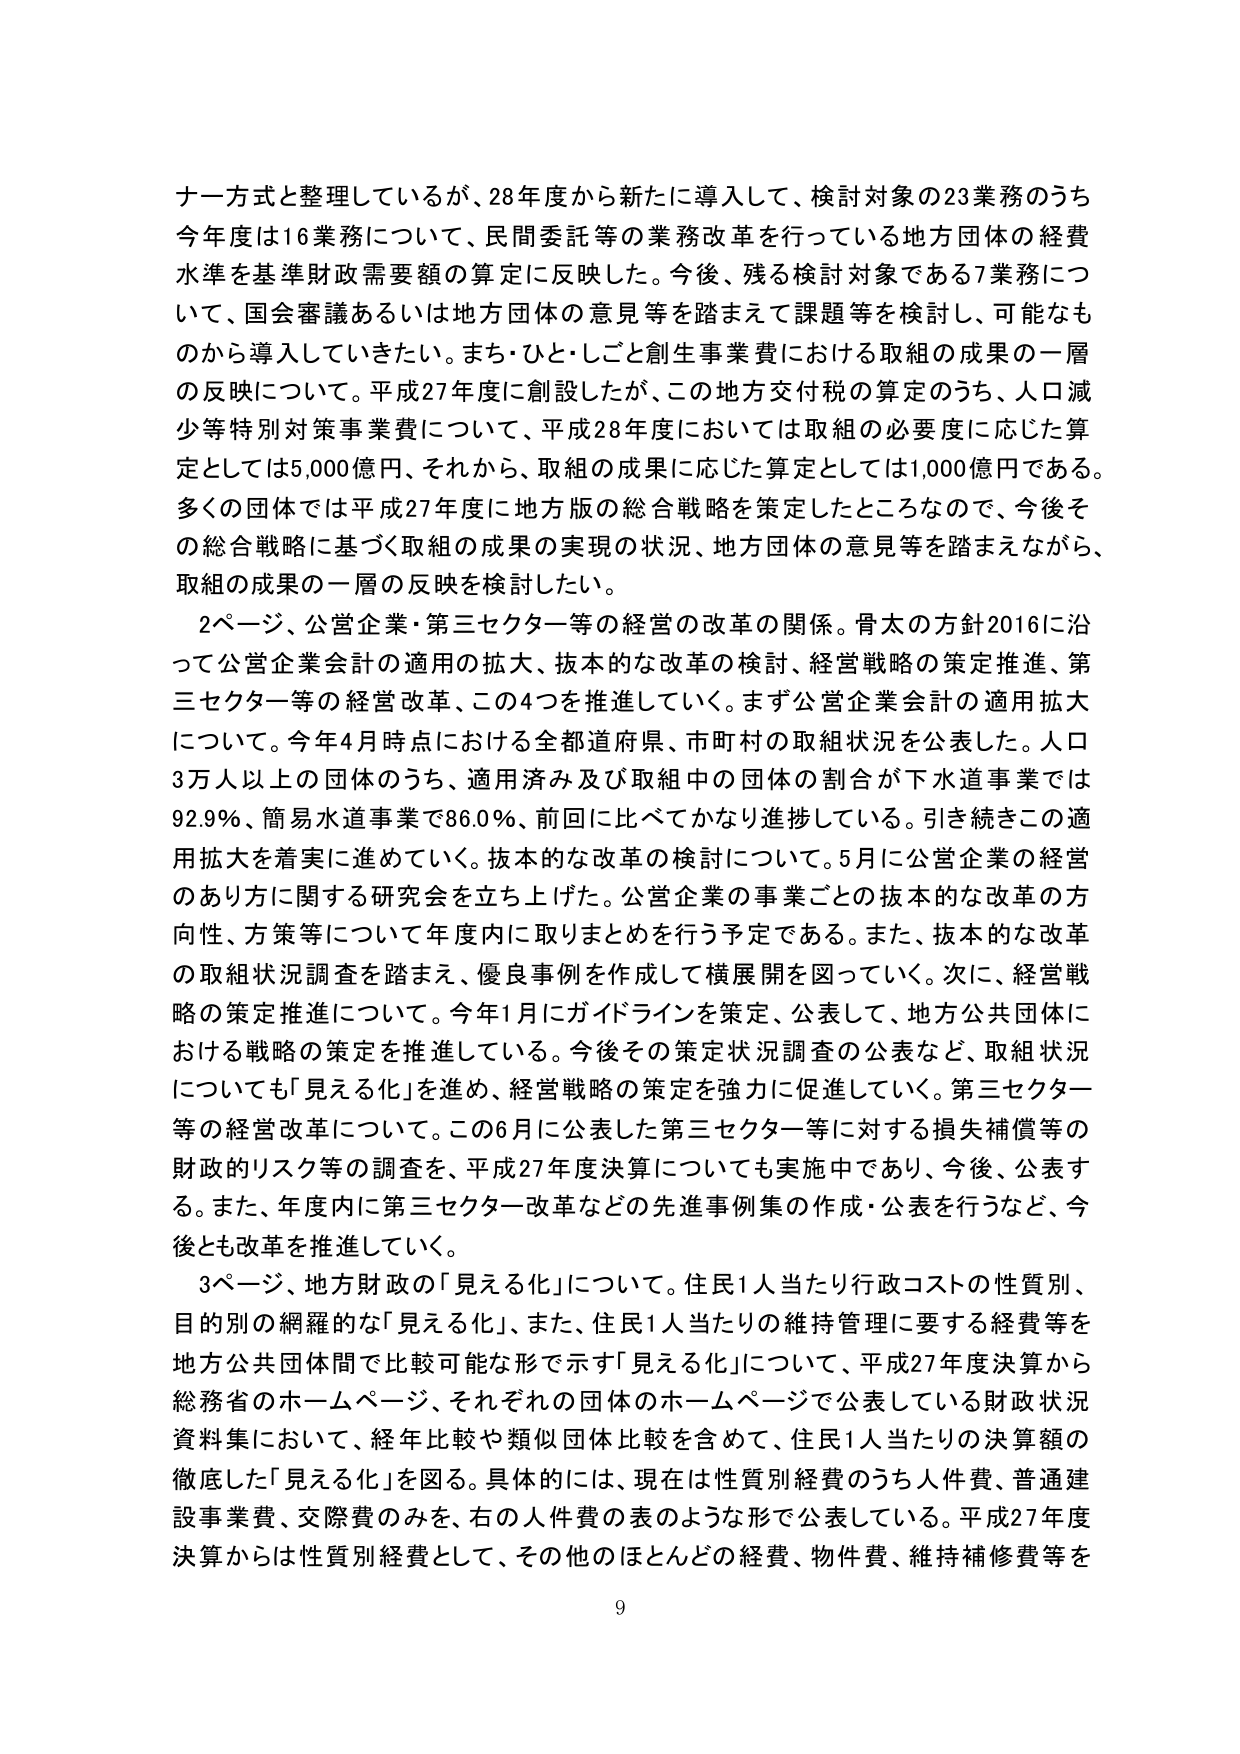
ナーウ式と整理しているが、28年度から新たに導入して、検討対象の23業務のうち今年度は16業務について、民間委託等の業務改革を行っている地方団体の経費水準を基準財政需要額の算定に反映した。今後、残る検討対象である7業務について、国会審議あるいは地方団体の意見等を踏まえて課題等を検討し、可能なものから導入していきたい。まち・ひと・しごと創生事業費における取組の成果の一層の反映について。平成27年度に創設したが、この地方交付税の算定のうち、人口減少等特別対策事業費について、平成28年度においては取組の必要度に応じた算定としては5,000億円、それから、取組の成果に応じた算定としては1,000億円である。多くの団体では平成27年度に地方版の総合戦略を策定したところなので、今後その総合戦略に基づく取組の成果の実現の状況、地方団体の意見等を踏まえながら、取組の成果の一層の反映を検討したい。

2ページ、公営企業・第三セクター等の経営の改革の関係。骨太の方針2016に沿って公営企業会計の適用の拡大、抜本的な改革の検討、経営戦略の策定推進、第三セクター等の経営改革、この4つを推進していく。まず公営企業会計の適用拡大について。今年4月時点における全都道府県、市町村の取組状況を公表した。人口3万人以上の団体のうち、適用済み及び取組中の団体の割合が下水道事業では92.9％、簡易水道事業で86.0％、前回に比べてかなり進捗している。引き続きこの適用拡大を着実に進めていく。抜本的な改革の検討について。5月に公営企業の経営のあり方に関する研究会を立ち上げた。公営企業の事業ごとの抜本的な改革の方向性、方策等について年度内に取りまとめを行う予定である。また、抜本的な改革の取組状況調査を踏まえ、優良事例を作成して横展開を図っていく。次に、経営戦略の策定推進について。今年1月にガイドラインを策定、公表して、地方公共団体における戦略の策定を推進している。今後その策定状況調査の公表など、取組状況についても「見える化」を進め、経営戦略の策定を強力に促進していく。第三セクター等の経営改革について。この6月に公表した第三セクター等に対する損失補償の財政的リスク等の調査を、平成27年度決算についても実施中であり、今後、公表する。また、年度内に第三セクター改革などの先進事例集の作成・公表を行うなど、今後とも改革を推進していく。

3ページ、地方財政の「見える化」について。住民1人当たり行政コストの性質別、目的別の網羅的な「見える化」、また、住民1人当たりの維持管理に要する経費等を地方公共団体間で比較可能な形で示す「見える化」について、平成27年度決算から総務省のホームページ、それぞれの団体のホームページで公表している財政状況資料集において、経年比較や類似団体比較を含めて、住民1人当たりの決算額の徹底した「見える化」を図る。具体的には、現在は性質別経費のうち人件費、普通建設事業費、交際費のみを、右の人件費の表のような形で公表している。平成27年度決算からは性質別経費として、その他のほとんどの経費、物件費、維持補修費等を

9